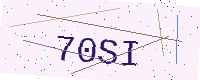
Text: 70SI